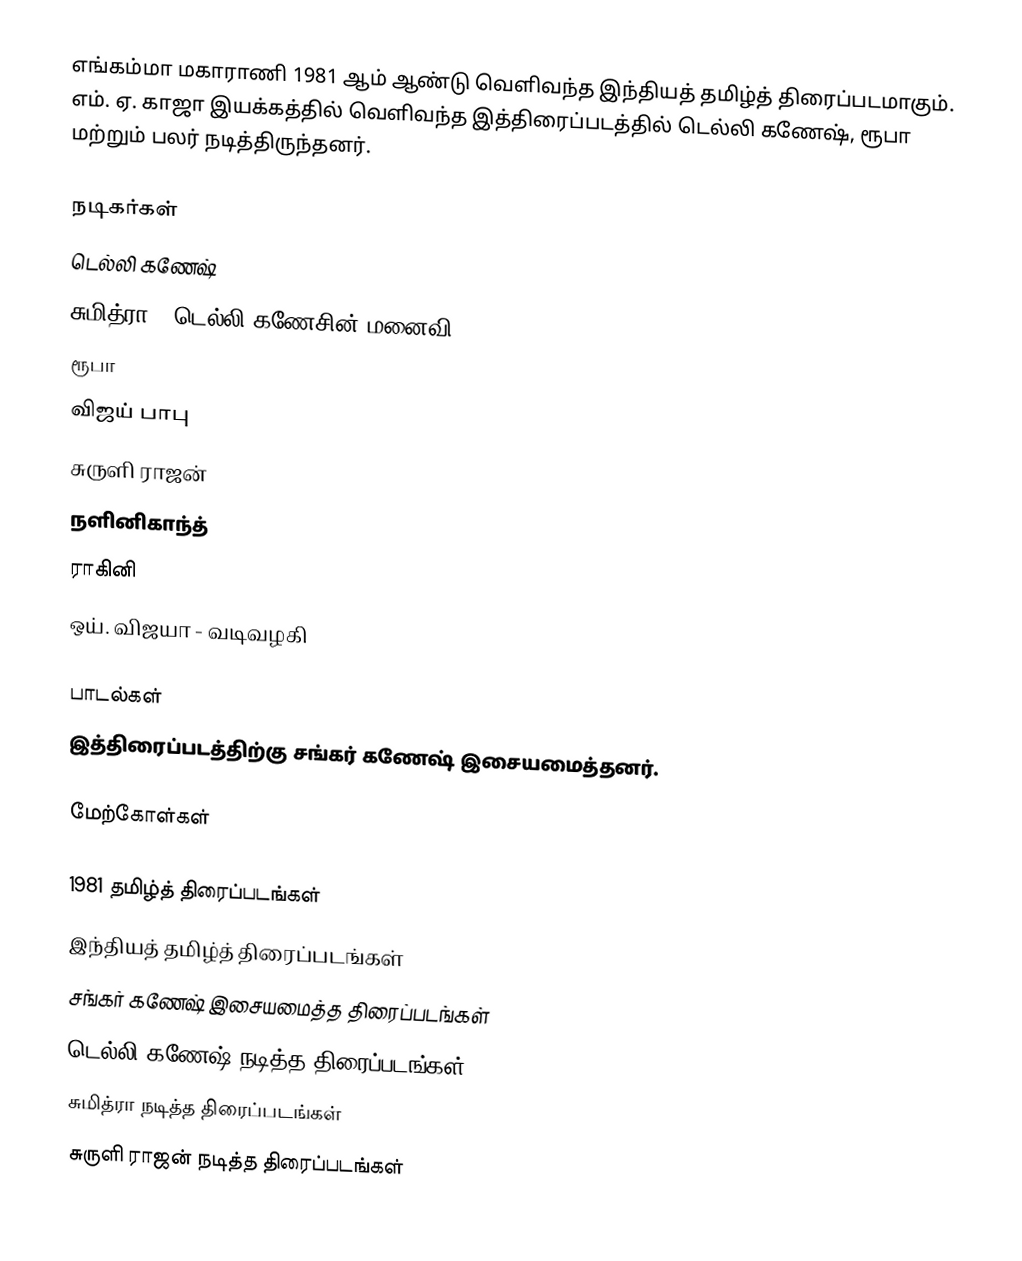
எங்கம்மா மகாராணி 1981 ஆம் ஆண்டு வெளிவந்த இந்தியத் தமிழ்த் திரைப்படமாகும். எம். ஏ. காஜா இயக்கத்தில் வெளிவந்த இத்திரைப்படத்தில் டெல்லி கணேஷ், ரூபா மற்றும் பலர் நடித்திருந்தனர்.

நடிகர்கள்
டெல்லி கணேஷ்
சுமித்ரா - டெல்லி கணேசின் மனைவி
ரூபா
விஜய் பாபு
சுருளி ராஜன்
நளினிகாந்த்
ராகினி
ஒய். விஜயா - வடிவழகி

பாடல்கள்
இத்திரைப்படத்திற்கு சங்கர் கணேஷ் இசையமைத்தனர்.

மேற்கோள்கள்

1981 தமிழ்த் திரைப்படங்கள்
இந்தியத் தமிழ்த் திரைப்படங்கள்
சங்கர் கணேஷ் இசையமைத்த திரைப்படங்கள்
டெல்லி கணேஷ் நடித்த திரைப்படங்கள்
சுமித்ரா நடித்த திரைப்படங்கள்
சுருளி ராஜன் நடித்த திரைப்படங்கள்